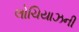
લોચિયાઝની